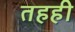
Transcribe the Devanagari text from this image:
तहही